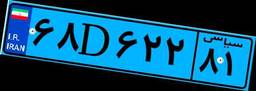
۶۵D۱۲۰۵۲